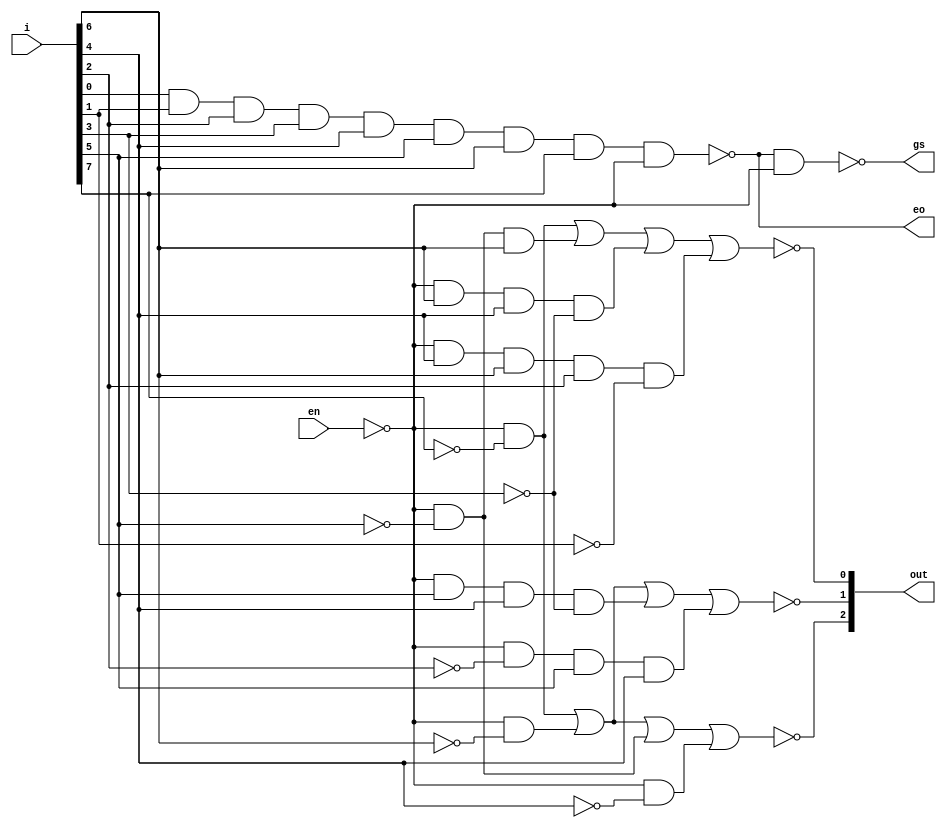
module encoder_8bit(i,out,en,gs,eo);

    input [7:0]i;
    input en;
    output gs,eo;
    output [2:0]out;

    assign out[2] = ~((~en&~i[7]) | (~en&~i[6]) | (~en&~i[5]) | (~en&~i[4]));
    assign out[1] = ~((~en&~i[7]) | (~en&~i[6]) | (~en&i[5]&i[4]&~i[3]) | (~en&~i[2]&i[5]&i[4]));
    assign out[0] = ~((~en&~i[7]) | (~en&~i[5]&i[6]) | (~en&i[6]&i[4]&~i[3]) | (~en&i[4]&i[6]&i[2]&~i[1]));
    assign eo = ~(i[0]&i[1]&i[2]&i[3]&i[4]&i[5]&i[6]&i[7]&~en);
    assign gs = ~(eo & ~en);


endmodule